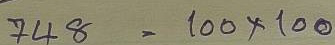
748 = 100 x 100